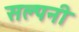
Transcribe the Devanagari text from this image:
सल्पनी